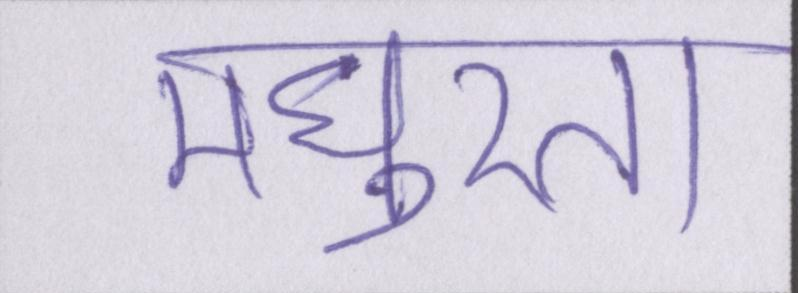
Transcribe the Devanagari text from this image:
मधुरता